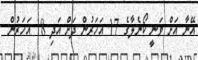
އޭނާ އަށް ވަނީ ކޯނެލާގެ 17 އަހަރުން ދަށް އަދި 18 އަހަރުން